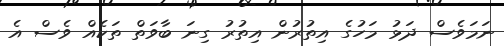
ނަމަވެސް ދަޅު މަހުގެ އިތުރުން އިތުރު ގިނަ ބާވަތް ތަކެއް ވެސް އެ